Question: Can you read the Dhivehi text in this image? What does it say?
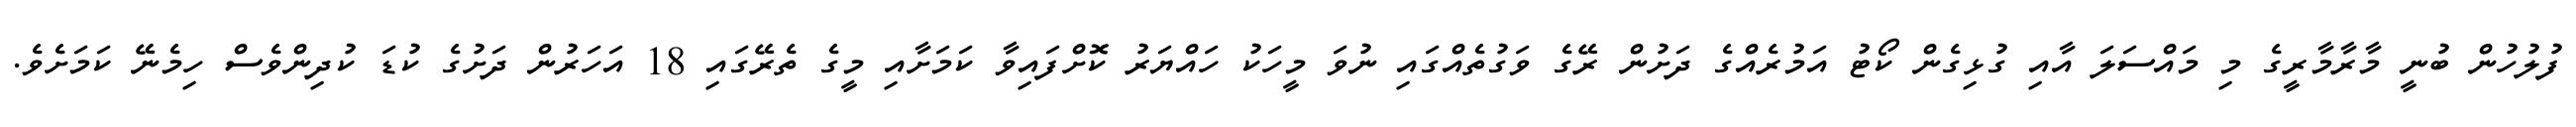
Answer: ފުލުހުން ބުނީ މާރާމާރީގެ މި މައްސަލަ އާއި ގުޅިގެން ކޯޓު އަމުރެއްގެ ދަށުން ރޭގެ ވަގުތެއްގައި ނުވަ މީހަކު ހައްޔަރު ކޮށްފައިވާ ކަމަށާއި މީގެ ތެރޭގައި 18 އަހަރުން ދަށުގެ ކުޑަ ކުދިންވެސް ހިމެނޭ ކަމަށެވެ.